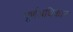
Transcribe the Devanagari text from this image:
पूर्णअधिकार